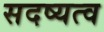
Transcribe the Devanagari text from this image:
सदष्यत्व